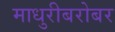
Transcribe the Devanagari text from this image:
माधुरीबरोबर